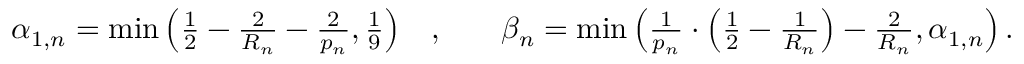
\begin{array} { r l r l } { \alpha _ { 1 , n } = \operatorname* { m i n } \left( \frac { 1 } { 2 } - \frac { 2 } { R _ { n } } - \frac { 2 } { p _ { n } } , \frac { 1 } { 9 } \right) } & { , } & & { \beta _ { n } = \operatorname* { m i n } \left( \frac { 1 } { p _ { n } } \cdot \left( \frac { 1 } { 2 } - \frac { 1 } { R _ { n } } \right) - \frac { 2 } { R _ { n } } , \alpha _ { 1 , n } \right) . } \end{array}